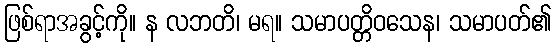
ဖြစ်ရာအခွင့်ကို။ န လဘတိ၊ မရ။ သမာပတ္တိဝသေန၊ သမာပတ်၏